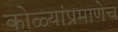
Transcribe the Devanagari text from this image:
कोळ्यांप्रमाणेच